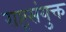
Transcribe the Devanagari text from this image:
राष्ट्रसंयुक्त